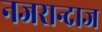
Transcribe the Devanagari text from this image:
नजरान्दाज